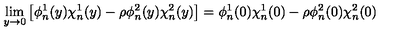
\lim _ { y \to 0 } \left[ \phi _ { n } ^ { 1 } ( y ) \chi _ { n } ^ { 1 } ( y ) - \rho \phi _ { n } ^ { 2 } ( y ) \chi _ { n } ^ { 2 } ( y ) \right] = \phi _ { n } ^ { 1 } ( 0 ) \chi _ { n } ^ { 1 } ( 0 ) - \rho \phi _ { n } ^ { 2 } ( 0 ) \chi _ { n } ^ { 2 } ( 0 )